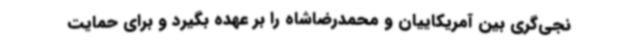
نجی‌گری بین آمریکاییان و محمدرضاشاه را بر عهده بگیرد و برای حمایت